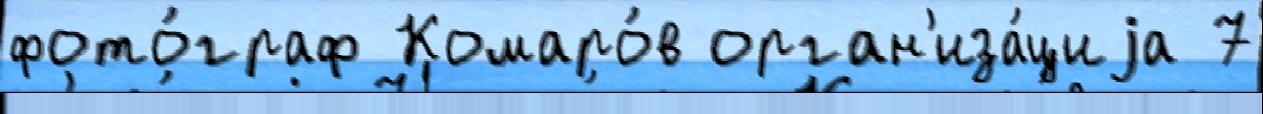
фото́граф Комаро́в орган'иза́циjа 7